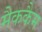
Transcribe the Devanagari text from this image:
मैककैम